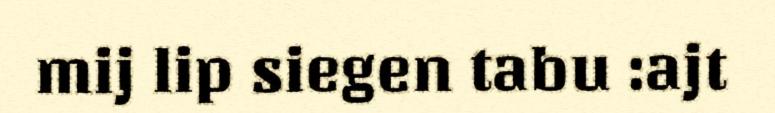
mij lip siegen tabu :ajt